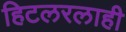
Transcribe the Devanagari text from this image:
हिटलरलाही